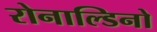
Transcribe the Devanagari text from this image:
रोनाल्डिनो